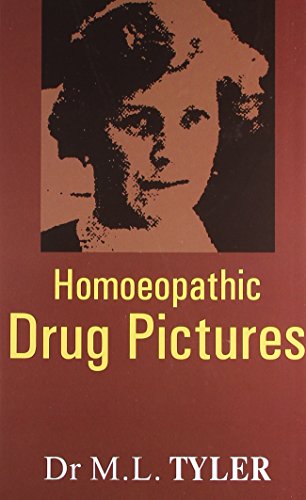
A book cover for Homeopathic Drug Pictures; Dr. Margaret Lucy Tyler; Health, Fitness & Dieting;